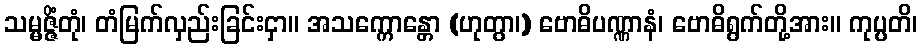
သမ္မဇ္ဇိံတုံ၊ တံမြက်လှည်းခြင်းငှာ။ အသက္ကောန္တော (ဟုတွာ၊) ဗောဓိပဏ္ဏာနံ၊ ဗောဓိရွက်တို့အား။ ကုပ္ပတိ၊